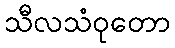
သီလသံဝုတော